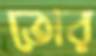
তোর